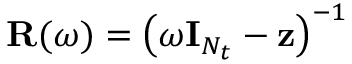
\mathbf { R } ( \omega ) = \big ( \omega \mathbf { I } _ { N _ { t } } - \mathbf { z } \big ) ^ { - 1 }